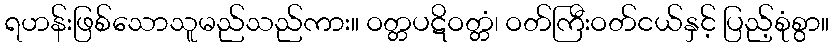
ရဟန်းဖြစ်သောသူမည်သည်ကား။ ဝတ္တပဋိဝတ္တံ၊ ဝတ်ကြီးဝတ်ငယ်နှင့် ပြည့်စုံစွာ။